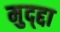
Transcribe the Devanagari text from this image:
मुद्द्दा